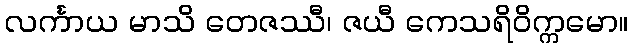
လင်္ကာယ မာသိ တေဇဿီ၊ ဇယီ ကေသရိဝိက္ကမော။